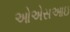
ઓએસઆઇ